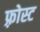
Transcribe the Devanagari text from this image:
फ़्रोस्ट